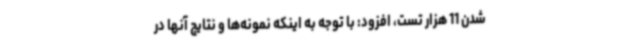
شدن 11 هزار تست، افزود: با توجه به اینکه نمونه‌ها و نتایج آنها در